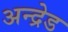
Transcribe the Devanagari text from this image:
अन्द्रेड